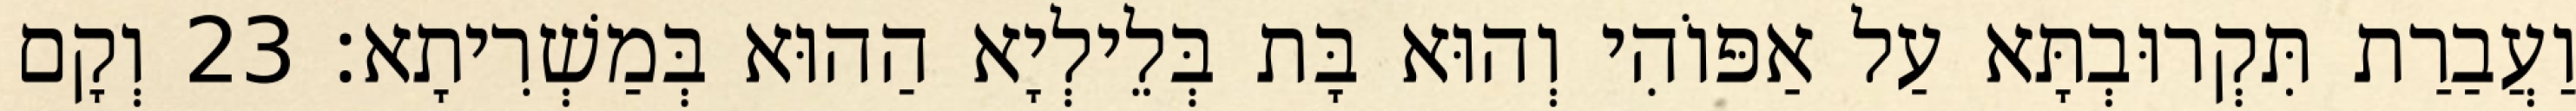
וַעֲבַרַת תִּקְרוּבְתָּא עַל אַפּוֹהִי וְהוּא בָּת בְּלֵילְיָא הַהוּא בְּמַשְׁרִיתָא׃ 23 וְקָם